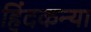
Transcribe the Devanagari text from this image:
हिंदकन्या